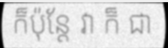
ក៏ប៉ុន្តែ វា ក៏ ជា